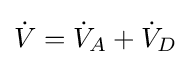
{\dot {V}}={\dot {V}}_{A}+{\dot {V}}_{D}